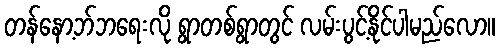
တန်နော့ဘ်ဘရေးလို ရွာတစ်ရွာတွင် လမ်းပွင့်နိုင်ပါမည်လော။